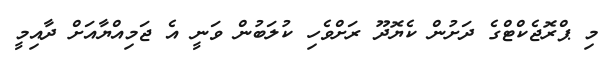
މި ޕްރޮޖެކްޓްގެ ދަށުން ކެޔޮދޫ ރަށްވެހި ކުލަބުން ވަނީ އެ ޖަމިއްޔާއަށް ދާއިމީ